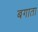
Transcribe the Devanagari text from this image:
बगाता